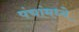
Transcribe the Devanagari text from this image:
पंचांमध्ये